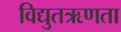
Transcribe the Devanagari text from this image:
विद्युतऋणता